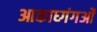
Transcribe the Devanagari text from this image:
आकाध्गंगओं